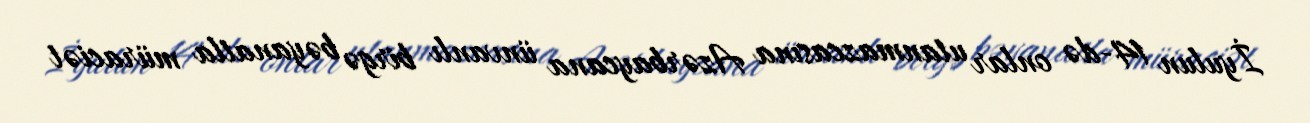
İyulun 14-də onlar utanmazcasına Azərbaycana ünvanlı birgə bəyanatla müraciət